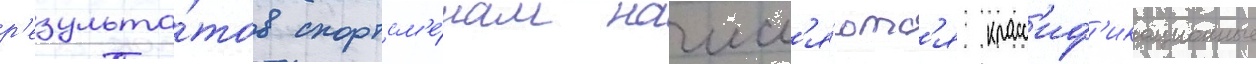
р'езульта́тов спортсм'е́нам начисл'я́ютс'я класс'иф'икационные